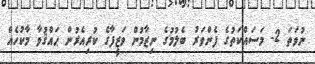
ނުވަތަ 2- މަސައްކަތުގެ ފެންވަރު ބެލުމުގެ ނިޒާމުން ވަޒީފާގެ ކުރިއެރުން ޙައްޤުވާ މާކުހެއް